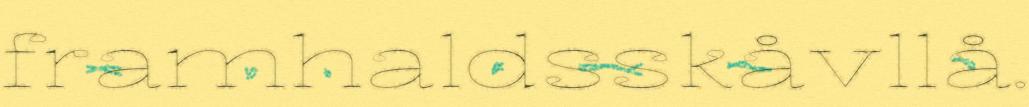
framhaldsskåvllå.